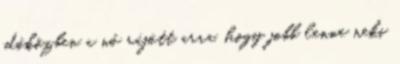
időközben a nő rájött arra, hogy jobb lenne neki